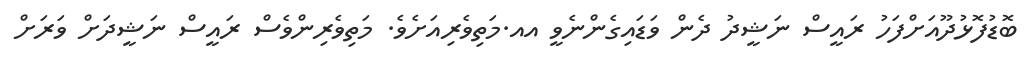
ބޮޑުފޮޅުދޫއަށްފަހު ރައީސް ނަޝީދު ދެން ވަޑައިގެންނެވީ އއ.މަތިވެރިއަށެވެ. މަތިވެރިންވެސް ރައީސް ނަޝީދަށް ވަރަށް